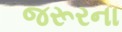
જરૂરના